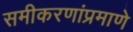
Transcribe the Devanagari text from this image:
समीकरणांप्रमाणे